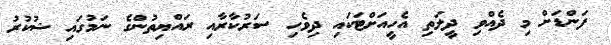
ފަންޑަށް މި ދެއްވި ދީލަތި އެހީއަށްޓަަކައި ދިވެހި ސަރުކާރާއި ރައްޔިތުންގެ ނަމުގައި ޝުކުރު